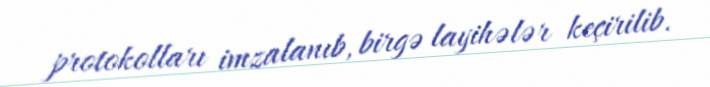
protokolları imzalanıb, birgə layihələr keçirilib.